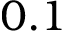
0 . 1